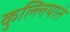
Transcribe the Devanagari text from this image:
कुल्लियाते